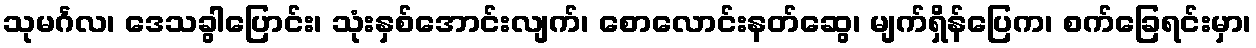
သုမင်္ဂလ၊ ဒေသခွါပြောင်း၊ သုံးနှစ်အောင်းလျက်၊ စောလောင်းနတ်ဆွေ၊ မျက်ရှိန်ပြေက၊ စက်ခြေရင်းမှာ၊